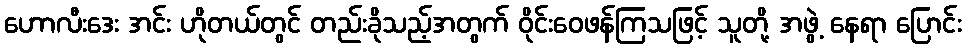
ဟောလီးဒေး အင်း ဟိုတယ်တွင် တည်းခိုသည့်အတွက် ဝိုင်းဝေဖန်ကြသဖြင့် သူတို့ အဖွဲ့ နေရာ ပြောင်း